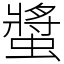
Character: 螿